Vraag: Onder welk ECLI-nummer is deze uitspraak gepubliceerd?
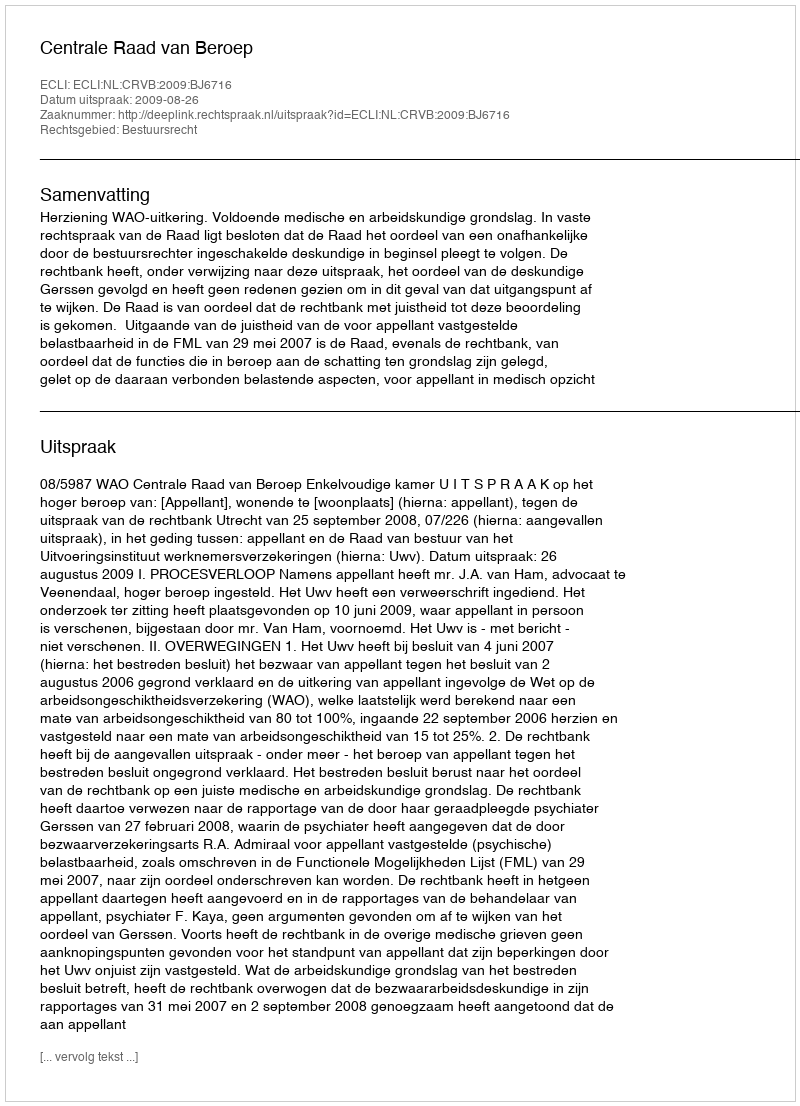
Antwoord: ECLI:NL:CRVB:2009:BJ6716